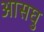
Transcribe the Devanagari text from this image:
आसघु